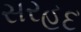
સરહદ